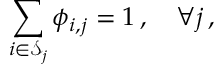
\sum _ { i \in \mathscr { S } _ { j } } \phi _ { i , j } = 1 \, , \quad \forall j \, ,